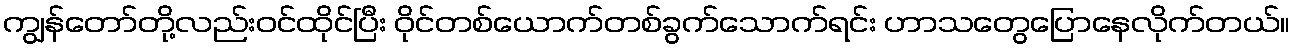
ကျွန်တော်တို့လည်းဝင်ထိုင်ပြီး ဝိုင်တစ်ယောက်တစ်ခွက်သောက်ရင်း ဟာသတွေပြောနေလိုက်တယ်။